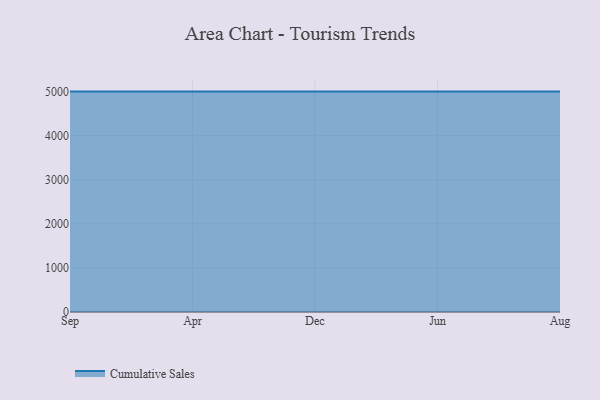
{"axis": {"x": "Month", "y": "LTV (USD)"}, "legend": ["Cumulative Sales"], "data": [{"x": "Sep", "y": 5000, "type": "Cumulative Sales"}, {"x": "Apr", "y": 5000, "type": "Cumulative Sales"}, {"x": "Dec", "y": 5000, "type": "Cumulative Sales"}, {"x": "Jun", "y": 5000, "type": "Cumulative Sales"}, {"x": "Aug", "y": 5000, "type": "Cumulative Sales"}]}